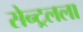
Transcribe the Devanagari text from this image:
सेन्ट्रलला